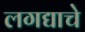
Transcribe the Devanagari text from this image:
लगद्याचे